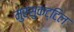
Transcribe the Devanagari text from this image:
मुरसुकट्टिल